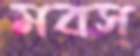
মবস্